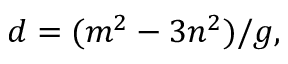
d = ( m ^ { 2 } - 3 n ^ { 2 } ) / g ,